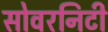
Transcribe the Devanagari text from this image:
सोवरनिटी